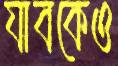
যাবকেও